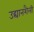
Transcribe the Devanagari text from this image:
उद्यानशैली